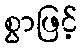
စွာဖြင့်